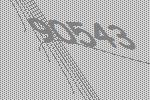
90543